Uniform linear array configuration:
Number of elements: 32
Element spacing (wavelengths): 0.75
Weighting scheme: kaiser
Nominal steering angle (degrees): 15
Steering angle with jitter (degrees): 14.941
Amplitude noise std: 0.05
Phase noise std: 0.05

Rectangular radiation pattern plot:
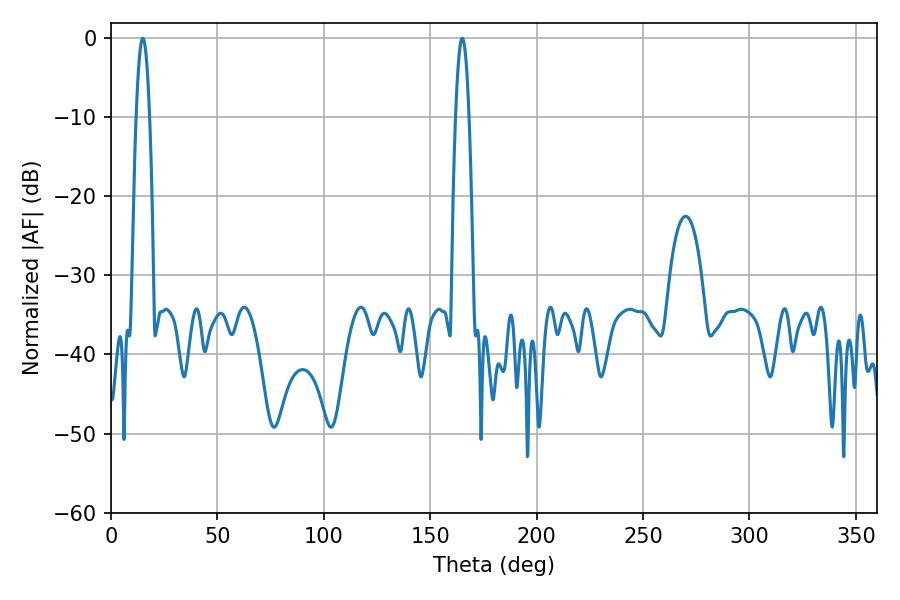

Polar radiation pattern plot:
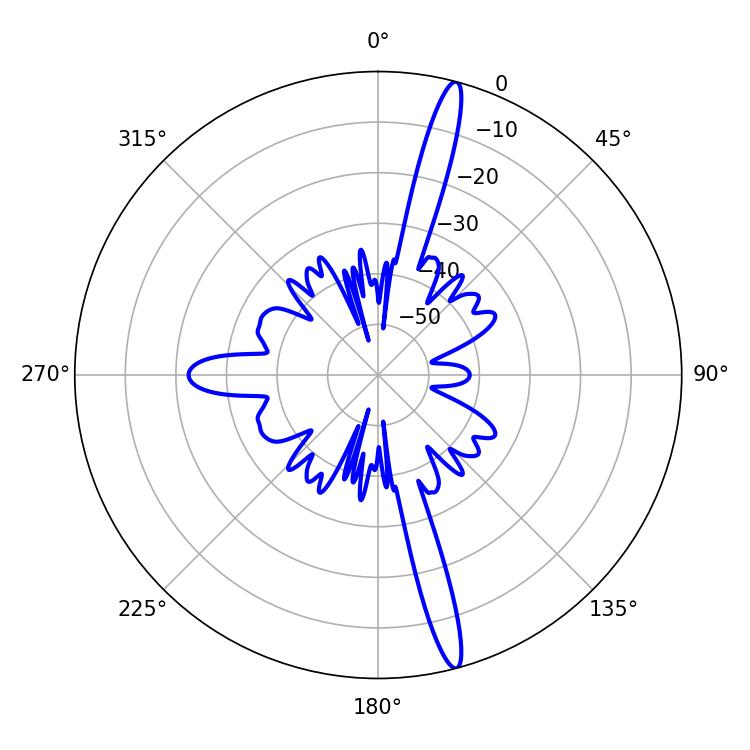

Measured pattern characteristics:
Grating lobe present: TRUE
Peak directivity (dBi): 17.831
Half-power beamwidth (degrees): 3.42
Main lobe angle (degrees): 14.94